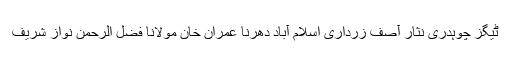
ٹیگز چوہدری نثار آصف زرداری اسلام آباد دھرنا عمران خان مولانا فضل الرحمن نواز شریف